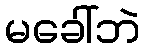
မခေါ်ဘဲ